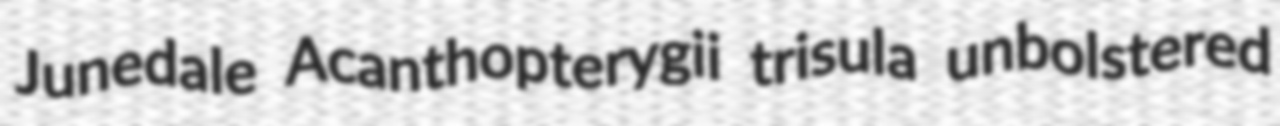
Junedale Acanthopterygii trisula unbolstered